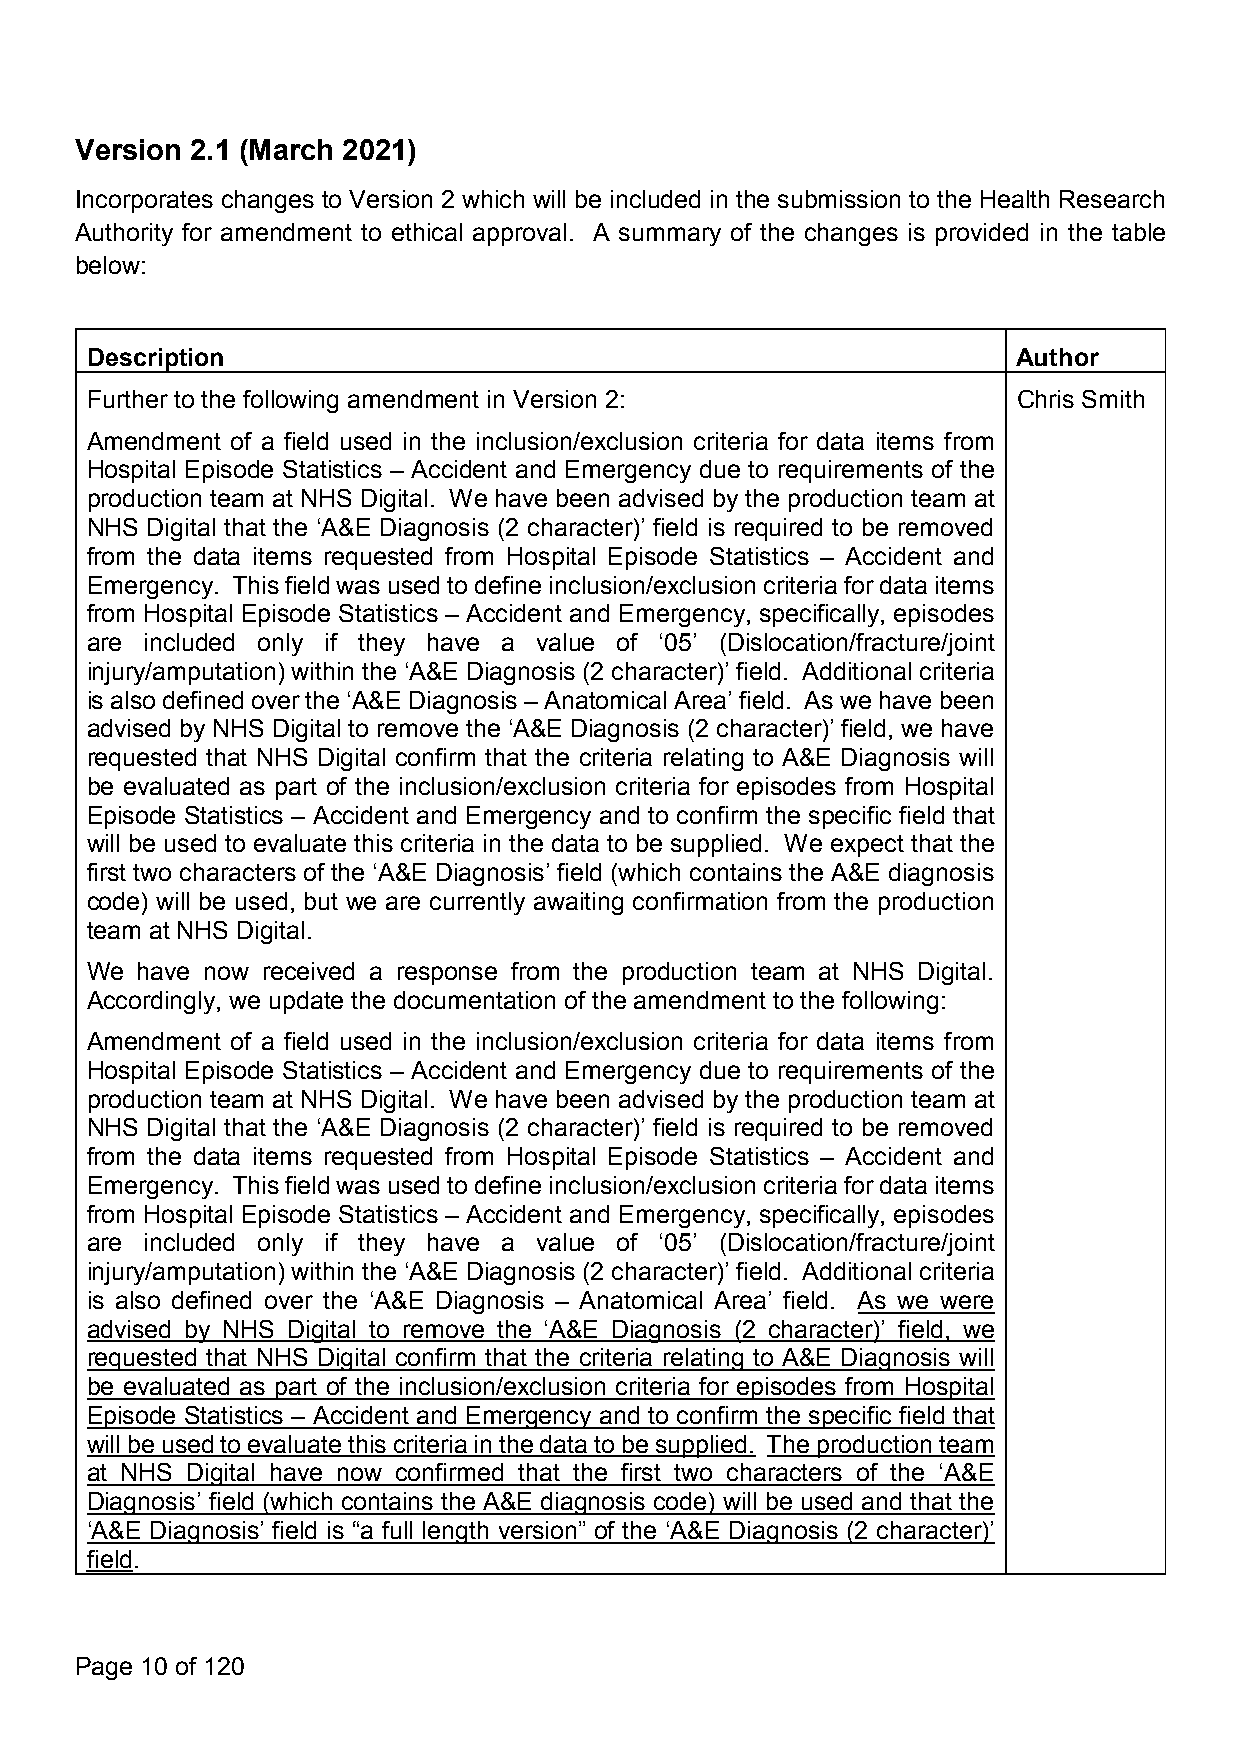
Version 2.1 (March 2021)
 Incorporates changes to Version 2 which will be included in the submission to the Health Research
 Authority for amendment to ethical approval. A summary of the changes is provided in the table
 below:
 Description                                                  Author
 Further to the following amendment in Version 2:             Chris Smith
 Amendment of a field used in the inclusion/exclusion criteria for data items from
 Hospital Episode Statistics – Accident and Emergency due to requirements of the
 production team at NHS Digital. We have been advised by the production team at
 NHS Digital that the ‘A&E Diagnosis (2 character)’ field is required to be removed
 from the data items requested from Hospital Episode Statistics – Accident and
 Emergency. Thisfieldwasusedtodefineinclusion/exclusioncriteriafordataitems
 from Hospital Episode Statistics – Accident and Emergency, specifically, episodes
 are included only if they have a value of ‘05’ (Dislocation/fracture/joint
 injury/amputation) within the ‘A&E Diagnosis (2 character)’ field. Additional criteria
 isalso defined overthe‘A&E Diagnosis– AnatomicalArea’field. Aswe have been
 advised by NHS Digital to remove the ‘A&E Diagnosis (2 character)’ field, we have
 requested that NHS Digital confirm that the criteria relating to A&E Diagnosis will
 be evaluated as part of the inclusion/exclusion criteria for episodes from Hospital
 Episode Statistics – Accident and Emergency and to confirm the specific field that
 will be used to evaluate this criteria in the data to be supplied. We expect that the
 first two characters of the ‘A&E Diagnosis’ field (which contains the A&E diagnosis
 code) will be used, but we are currently awaiting confirmation from the production
 team at NHS Digital.
 We have now received a response from the production team at NHS Digital.
 Accordingly, we update the documentation of the amendment to the following:
 Amendment of a field used in the inclusion/exclusion criteria for data items from
 Hospital Episode Statistics – Accident and Emergency due to requirements of the
 production team at NHS Digital. We have been advised by the production team at
 NHS Digital that the ‘A&E Diagnosis (2 character)’ field is required to be removed
 from the data items requested from Hospital Episode Statistics – Accident and
 Emergency. Thisfieldwasusedtodefineinclusion/exclusioncriteriafordataitems
 from Hospital Episode Statistics – Accident and Emergency, specifically, episodes
 are included only if they have a value of ‘05’ (Dislocation/fracture/joint
 injury/amputation) within the ‘A&E Diagnosis (2 character)’ field. Additional criteria
 is also defined over the ‘A&E Diagnosis – Anatomical Area’ field. As we were
 advised by NHS Digital to remove the ‘A&E Diagnosis (2 character)’ field, we
 requested that NHS Digital confirm that the criteria relating to A&E Diagnosis will
 be evaluated as part of the inclusion/exclusion criteria for episodes from Hospital
 Episode Statistics – Accident and Emergency and to confirm the specific field that
 willbeusedtoevaluatethiscriteriainthedatatobesupplied. Theproductionteam
 at NHS Digital have now confirmed that the first two characters of the ‘A&E
 Diagnosis’ field (which contains the A&E diagnosis code) will be used and that the
 ‘A&E Diagnosis’ field is “a full length version” of the ‘A&E Diagnosis (2 character)’
 field.
 Page 10 of 120